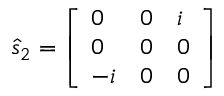
{ \hat { s } } _ { 2 } = { \left[ \begin{array} { l l l } { 0 } & { 0 } & { i } \\ { 0 } & { 0 } & { 0 } \\ { - i } & { 0 } & { 0 } \end{array} \right] }